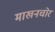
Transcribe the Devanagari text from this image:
माखनचोर